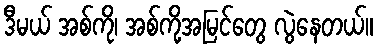
ဒီမယ် အစ်ကို၊ အစ်ကို့အမြင်တွေ လွဲနေတယ်။